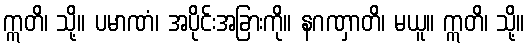
ဣတိ၊ သို့။ ပမာဏံ၊ အပိုင်းအခြားကို။ နဂဏှာတိ၊ မယူ။ ဣတိ၊ သို့။